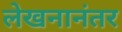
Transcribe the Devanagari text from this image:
लेखनानंतर